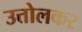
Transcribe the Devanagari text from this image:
उत्तोलकर